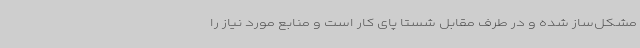
مشکل‌ساز شده و در طرف مقابل شستا پای کار است و منابع مورد نیاز را